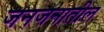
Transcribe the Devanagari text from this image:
जनजनातील